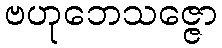
ဗဟုဘေသဇ္ဇော